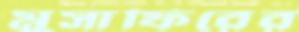
মুসাফিরের